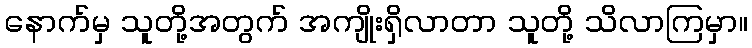
နောက်မှ သူတို့အတွက် အကျိုးရှိလာတာ သူတို့ သိလာကြမှာ။